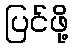
ပြင်ဖို့